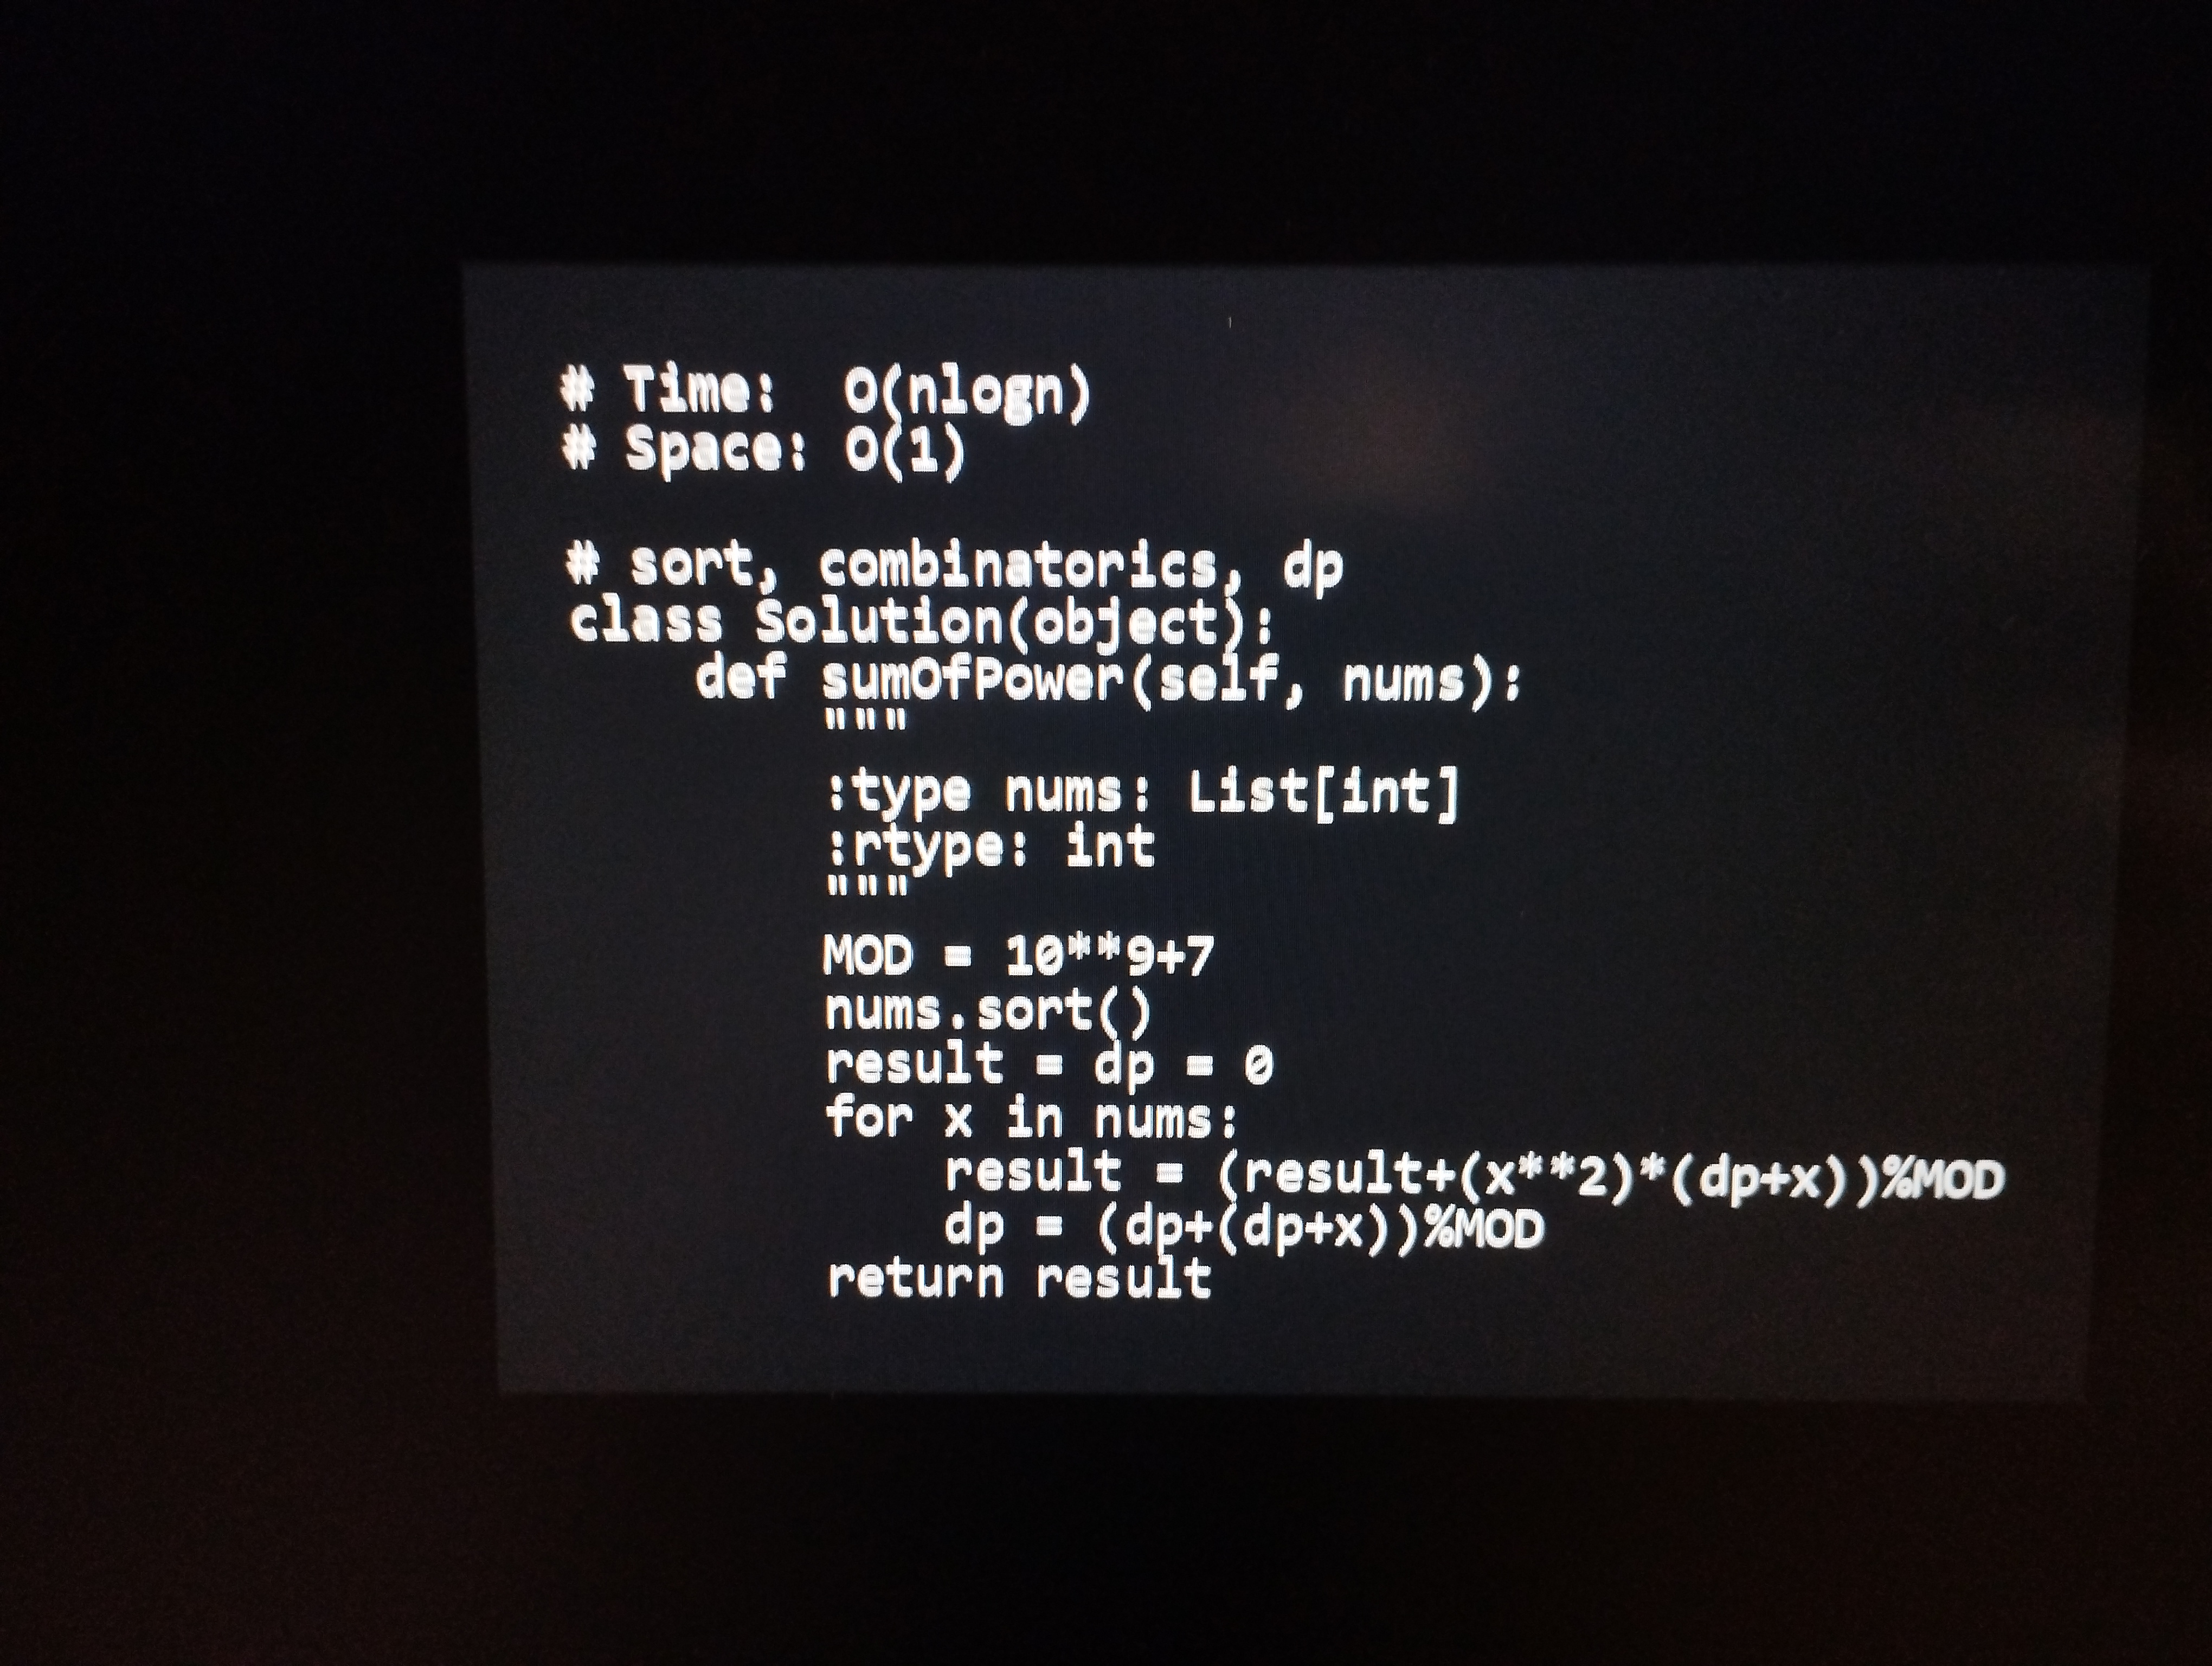
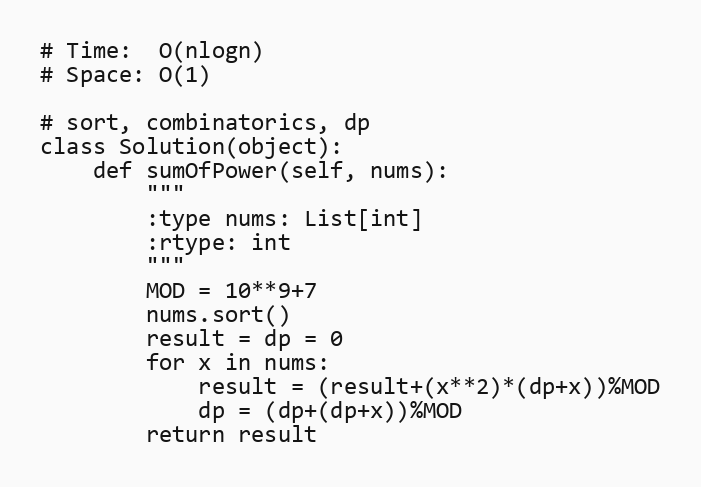
# Time:  O(nlogn)
# Space: O(1)

# sort, combinatorics, dp
class Solution(object):
    def sumOfPower(self, nums):
        """
        :type nums: List[int]
        :rtype: int
        """
        MOD = 10**9+7
        nums.sort()
        result = dp = 0
        for x in nums:
            result = (result+(x**2)*(dp+x))%MOD
            dp = (dp+(dp+x))%MOD
        return result